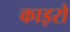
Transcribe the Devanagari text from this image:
काइरो